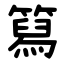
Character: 䉣